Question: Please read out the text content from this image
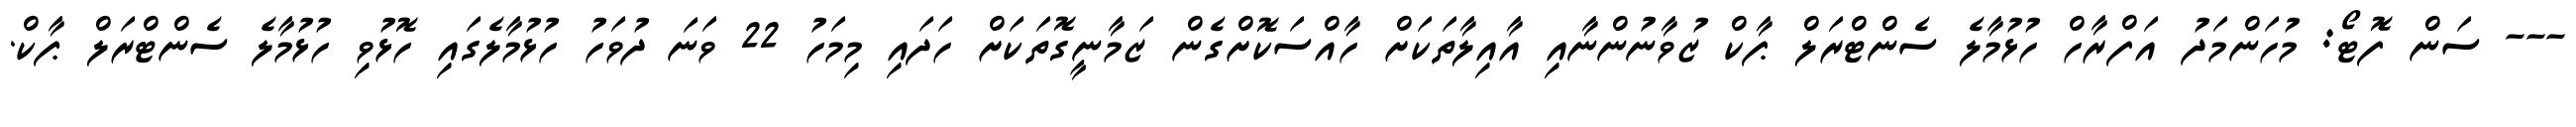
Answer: --- ސަން ފޮޓޯ: މުހަންމަދު އަފްރާހް ހުޅުމާލެ ސެންޓްރަލް ޕާކް ޒުވާނުންނާއި އާއިލާތަކަށް ހާއްސަކޮށްގެން ޒަމާނީގޮތަކަށް ހަދައި މިމަހު 22 ވަނަ ދުވަހު ހުޅުމާލެގައި ހޮޅުވި ހުޅުމާލެ ސެންޓްރަލް ޕާކް.